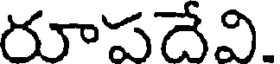
రూపదేవి.